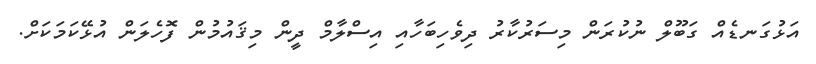
އަޅުގަނޑެއް ގަބޫލް ނުކުރަން މިސަރުކާރު ދިވެހިބަހާއި އިސްލާމް ދީން މިޤައުމުން ފޮހެލަން އުޅޭކަމަކަށް.